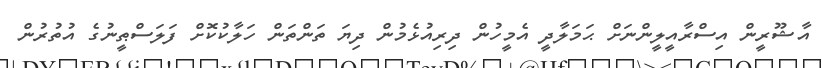
އާޝޫރީން އިސްރާއީލީންނަށް ޙަމަލާދީ އެމީހުން ދިރިއުޅެމުން ދިޔަ ތަންތަން ހަލާކުކޮށް ފަލަސްޠީނުގެ އުތުރުން